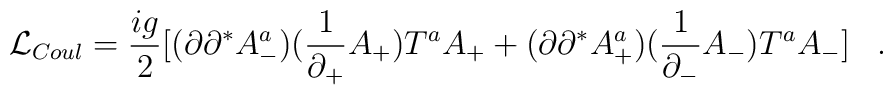
{\cal L}_{Coul} = \frac{ig}{2}[ (\partial\partial^*   A^a_-)(\frac{1}{\partial_+}A_+ ) T^a A_+  +  (\partial\partial^*  A^a_+)(\frac{1}{\partial_-}A_- ) T^a A_-] \;\;\;.